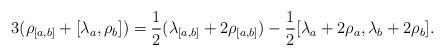
LaTeX: \begin{align*} 3(\rho_{[a,b]} + [\lambda_a, \rho_b]) = \frac{1}{2}(\lambda_{[a,b]} + 2\rho_{[a,b]}) - \frac{1}{2}[\lambda_a + 2\rho_a, \lambda_b + 2 \rho_b].\end{align*}